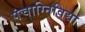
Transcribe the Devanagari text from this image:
पंचाग्निविद्या